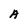
Character: A